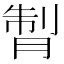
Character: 𦜗